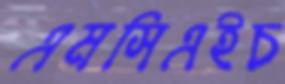
এমসিএইচ